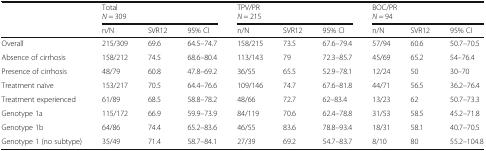
<table><thead><tr><td></td><td colspan="3"><b>Total<i>N</i> = 309</b></td><td colspan="3"><b>TPV/PR<i>N</i> = 215</b></td><td colspan="3"><b>BOC/PR<i>N</i> = 94</b></td></tr><tr><td></td><td><b>n/N</b></td><td><b>SVR12</b></td><td><b>95% CI</b></td><td><b>n/N</b></td><td><b>SVR12</b></td><td><b>95% CI</b></td><td><b>n/N</b></td><td><b>SVR12</b></td><td><b>95% CI</b></td></tr></thead><tbody><tr><td>Overall</td><td>215/309</td><td>69.6</td><td>64.5–74.7</td><td>158/215</td><td>73.5</td><td>67.6–79.4</td><td>57/94</td><td>60.6</td><td>50.7–70.5</td></tr><tr><td>Absence of cirrhosis</td><td>158/212</td><td>74.5</td><td>68.6–80.4</td><td>113/143</td><td>79</td><td>72.3–85.7</td><td>45/69</td><td>65.2</td><td>54–76.4</td></tr><tr><td>Presence of cirrhosis</td><td>48/79</td><td>60.8</td><td>47.8–69.2</td><td>36/55</td><td>65.5</td><td>52.9–78.1</td><td>12/24</td><td>50</td><td>30–70</td></tr><tr><td>Treatment naïve</td><td>153/217</td><td>70.5</td><td>64.4–76.6</td><td>109/146</td><td>74.7</td><td>67.6–81.8</td><td>44/71</td><td>56.5</td><td>36.2–76.4</td></tr><tr><td>Treatment experienced</td><td>61/89</td><td>68.5</td><td>58.8–78.2</td><td>48/66</td><td>72.7</td><td>62–83.4</td><td>13/23</td><td>62</td><td>50.7–73.3</td></tr><tr><td>Genotype 1a</td><td>115/172</td><td>66.9</td><td>59.9–73.9</td><td>84/119</td><td>70.6</td><td>62.4–78.8</td><td>31/53</td><td>58.5</td><td>45.2–71.8</td></tr><tr><td>Genotype 1b</td><td>64/86</td><td>74.4</td><td>65.2–83.6</td><td>46/55</td><td>83.6</td><td>78.8–93.4</td><td>18/31</td><td>58.1</td><td>40.7–70.5</td></tr><tr><td>Genotype 1 (no subtype)</td><td>35/49</td><td>71.4</td><td>58.7–84.1</td><td>27/39</td><td>69.2</td><td>54.7–83.7</td><td>8/10</td><td>80</td><td>55.2–104.8</td></tr></tbody></table>